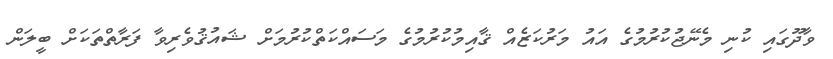
ވާދޫގައި ކުނި މެނޭޖުކުރުމުގެ އައު މަރުކަޒެއް ޤާއިމުކުރުމުގެ މަސައްކަތްކުރުމަށް ޝައުޤުވެރިވާ ފަރާތްތަކަށް ބީލަން